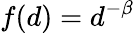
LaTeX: f(d)=d^{-\beta}